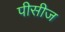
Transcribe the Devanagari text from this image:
पीसीज